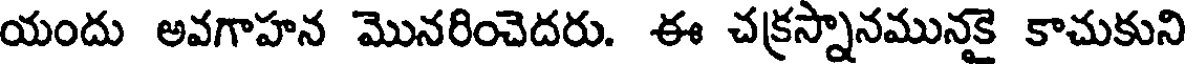
యందు అవగాహన మొనరించెదరు. ఈ చక్రస్నానమునకై కాచుకుని